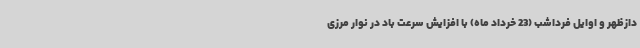
دازظهر و اوایل فرداشب (23 خرداد ماه) با افزایش سرعت باد در نوار مرزی